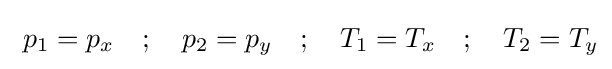
\ p_{1}=p_{x}\quad ;\quad p_{2}=p_{y}\quad ;\quad T_{1}=T_{x}\quad ;\quad T_{2}=T_{y}